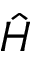
\hat { H }